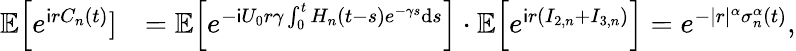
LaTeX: \begin{array}{rl}{\mathbb{E}\Big[e^{\mathsf{i}rC_{n}(t)}]}&{=\mathbb{E}\Big[e^{-\mathsf{i}U_{0}r\gamma\int_{0}^{t}H_{n}(t-s)e^{-\gamma s}\mathrm{d}s}\Big]\cdot\mathbb{E}\Big[e^{\mathsf{i}r(I_{2,n}+I_{3,n})}\Big]=e^{-|r|^{\alpha}\sigma_{n}^{\alpha}(t)},}\end{array}